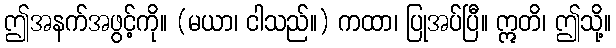
ဤအနက်အဖွင့်ကို။ (မယာ၊ ငါသည်။) ကထာ၊ ပြုအပ်ပြီ။ ဣတိ၊ ဤသို့။